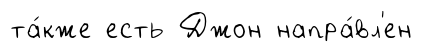
та́кже есть Джон напра́вл'ен